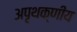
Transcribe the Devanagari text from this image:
अपृथक्णीय